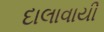
દાલાવાયી